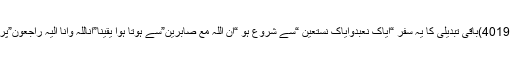
(ابن ماجہ 4019)باقی تبدیلی کا یہ سفر “ایاک نعبدوایاک نستعین “سے شروع ہو “ان اللہ مع صابرین”سے ہوتا ہوا یقینا”اناللہ وانا الیہ راجعون”پر ختم ہوگا۔